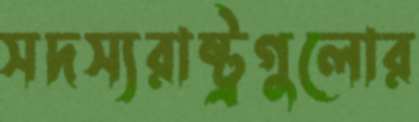
সদস্যরাষ্ট্রগুলোর